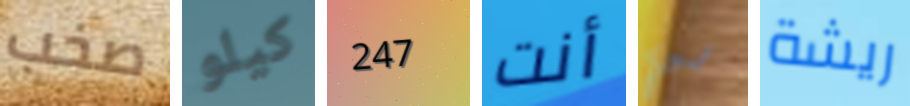
صخب كيلو 247 أنت لي ريشة